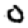
Digit: 0